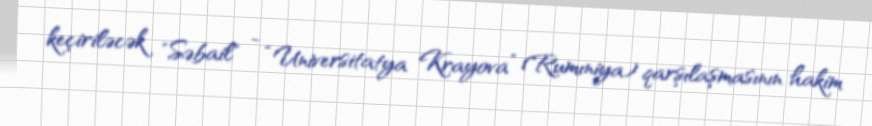
keçiriləcək "Səbail" - “Universitatya Krayova” (Rumıniya) qarşılaşmasının hakim